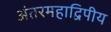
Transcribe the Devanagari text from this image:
अंतरमहाद्विपीय